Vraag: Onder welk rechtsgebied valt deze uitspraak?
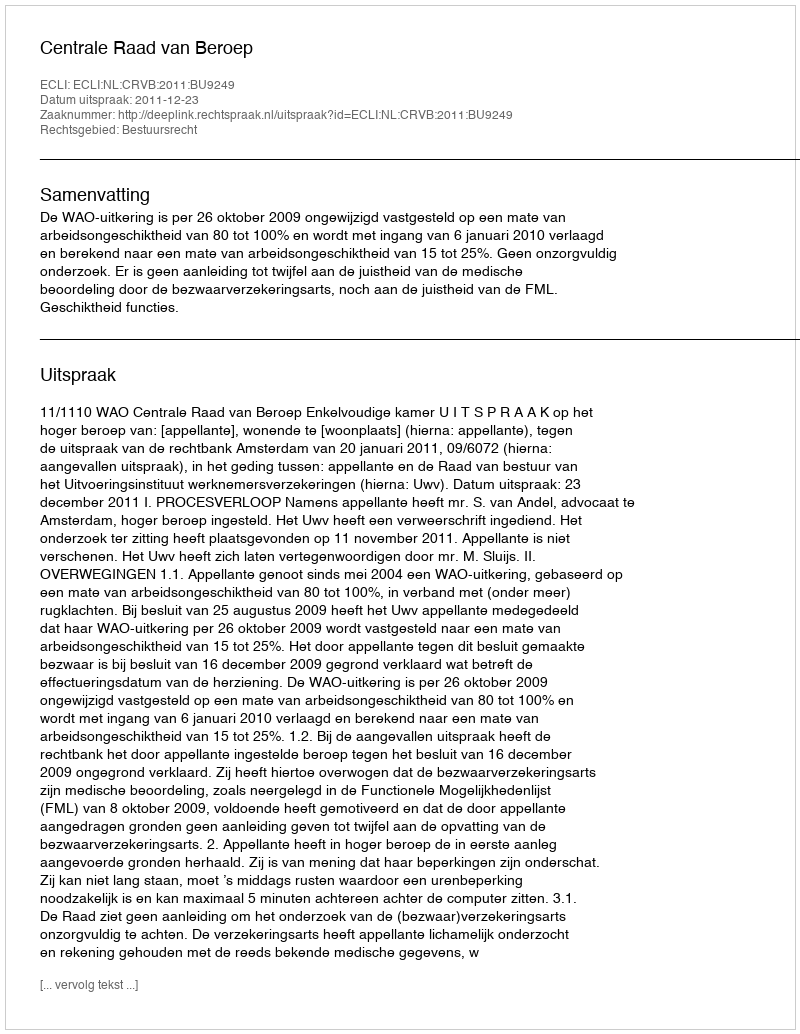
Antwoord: Bestuursrecht